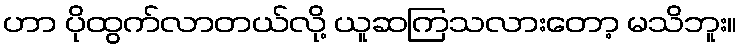
ဟာ ပိုထွက်လာတယ်လို့ ယူဆကြသလားတော့ မသိဘူး။